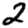
Digit: 2